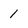
Character: 1